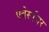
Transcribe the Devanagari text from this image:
एबेर्स्पचर